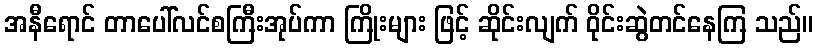
အနီရောင် တာပေါ်လင်စကြီးအုပ်ကာ ကြိုးများ ဖြင့် ဆိုင်းလျက် ဝိုင်းဆွဲတင်နေကြ သည်။